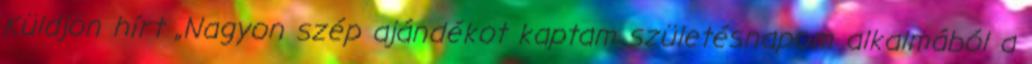
Küldjön hírt „Nagyon szép ajándékot kaptam születésnapom alkalmából a